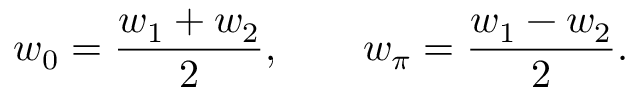
w _ { 0 } = \frac { w _ { 1 } + w _ { 2 } } { 2 } , \qquad w _ { \pi } = \frac { w _ { 1 } - w _ { 2 } } { 2 } .